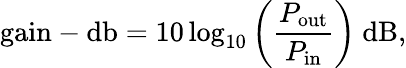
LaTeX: {\mathrm{gain-db}}=10\log_{10}\left({\frac{P_{\mathrm{out}}}{P_{\mathrm{in}}}}\right)~{\mathrm{dB}},